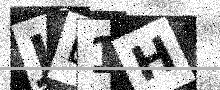
Text: JE1H